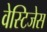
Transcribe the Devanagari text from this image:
वेस्टिजेस